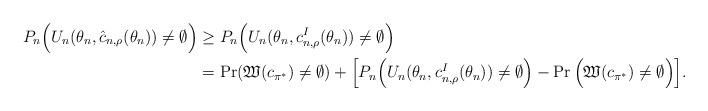
LaTeX: \begin{align*}P_{n}\Big(U_{n}(\theta_{n},\hat{c}_{n,\rho}(\theta_{n}))\neq \emptyset\Big) &\ge P_{n}\Big(U_{n}(\theta_{n},c^{I}_{n,\rho}(\theta_{n}))\neq \emptyset\Big)\\&=\Pr(\mathfrak{W}(c_{\pi^*})\ne\emptyset)+\Big[ P_n\Big(U_{n}(\theta_{n},c^{I}_{n,\rho}(\theta_{n}))\ne\emptyset\Big)-\Pr\Big(\mathfrak{W}(c_{\pi^*})\ne\emptyset\Big)\Big].\end{align*}